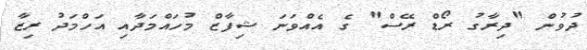
ދުވުން "ދިރާގު ރޯޑް ރޭސް" ގެ އެއްވަނަ ޝިފާޒް މުހައްމަދާއި އަހްމަދު ރިޒާ